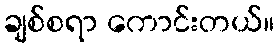
ချစ်စရာ ကောင်းတယ်။